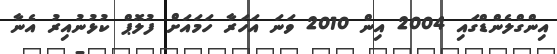
އިންގްލެންޑްގައި 2004 އިން 2010 ވަނަ އަހަރާ ހަމައަށް ފުލޮޕް ކުޅުނުއިރު އެނާ